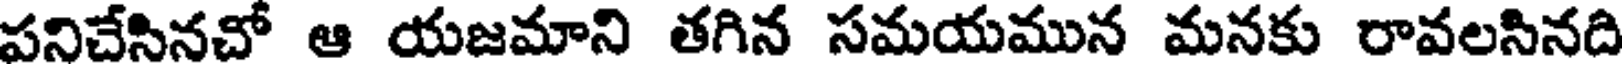
పనిచేసినచో ఆ యజమాని తగిన సమయమున మనకు రావలసినది